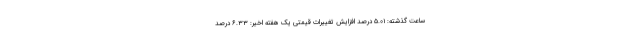
ساعت گذشته: ۵.۰۱ درصد افزایش تغییرات قیمتی یک هفته اخیر: ۶.۳۳ درصد